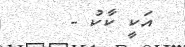
އަކީ ކާކު -